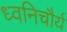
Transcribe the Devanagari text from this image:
ध्वनिचौर्य